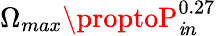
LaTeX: \Omega_{max}\proptoP_{\mathit{i}n}^{0.27}